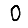
Digit: 0